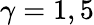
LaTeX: \gamma=1,5